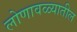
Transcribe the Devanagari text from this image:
लोणावळ्यातील